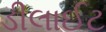
ડીલાઈટ